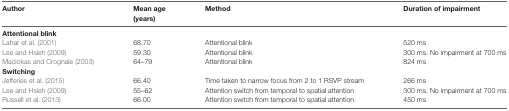
<table><thead><tr><td><b>Author</b></td><td><b>Mean age (years)</b></td><td><b>Method</b></td><td><b>Duration of impairment</b></td></tr></thead><tbody><tr><td><b>Attentional blink</b></td></tr><tr><td>Lahar et al. (2001)</td><td>68.70</td><td>Attentional blink</td><td>520 ms</td></tr><tr><td>Lee and Hsieh (2009)</td><td>59.30</td><td>Attentional blink</td><td>300 ms. No impairment at 700 ms</td></tr><tr><td>Maciokas and Crognale (2003)</td><td>64–79</td><td>Attentional blink</td><td>824 ms</td></tr><tr><td><b>Switching</b></td></tr><tr><td>Jefferies et al. (2015)</td><td>66.40</td><td>Time taken to narrow focus from 2 to 1 RSVP stream</td><td>266 ms</td></tr><tr><td>Lee and Hsieh (2009)</td><td>55–62</td><td>Attention switch from temporal to spatial attention</td><td>300 ms. No impairment at 700 ms</td></tr><tr><td>Russell et al. (2013)</td><td>66.00</td><td>Attention switch from temporal to spatial attention</td><td>450 ms</td></tr></tbody></table>